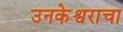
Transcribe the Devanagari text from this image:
उनकेश्वराचा